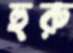
হুরু